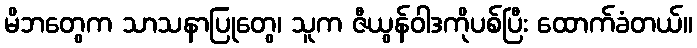
မိဘတွေက သာသနာပြုတွေ၊ သူက ဇီယွန်ဝါဒကိုပစ်ပြီး ထောက်ခံတယ်။